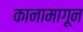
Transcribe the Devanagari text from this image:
कानामागून